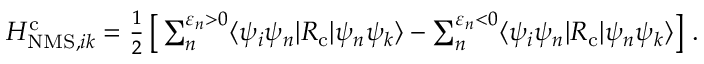
\begin{array} { r } { H _ { \mathrm { N M S } , i k } ^ { \mathrm { c } } = \frac { 1 } { 2 } \left[ \, \sum _ { n } ^ { \varepsilon _ { n } > 0 } \ensuremath { \langle \psi _ { i } \psi _ { n } | } { R } _ { \mathrm { c } } \ensuremath { | \psi _ { n } \psi _ { k } \rangle } - \sum _ { n } ^ { \varepsilon _ { n } < 0 } \ensuremath { \langle \psi _ { i } \psi _ { n } | } { R } _ { \mathrm { c } } \ensuremath { | \psi _ { n } \psi _ { k } \rangle } \right] \, . } \end{array}